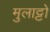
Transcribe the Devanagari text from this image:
मुलाट्टो